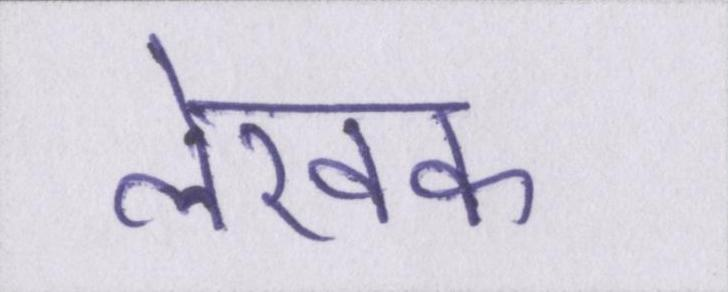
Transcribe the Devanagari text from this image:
लेखक